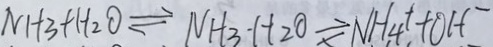
N H _ { 3 } + H _ { 2 } O \rightleftharpoons N H _ { 3 } \cdot H _ { 2 } O \rightleftharpoons N H _ { 4 } ^ { + } + O H ^ { - }